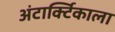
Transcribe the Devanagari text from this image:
अंटार्क्टिकाला